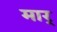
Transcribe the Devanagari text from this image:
मार्